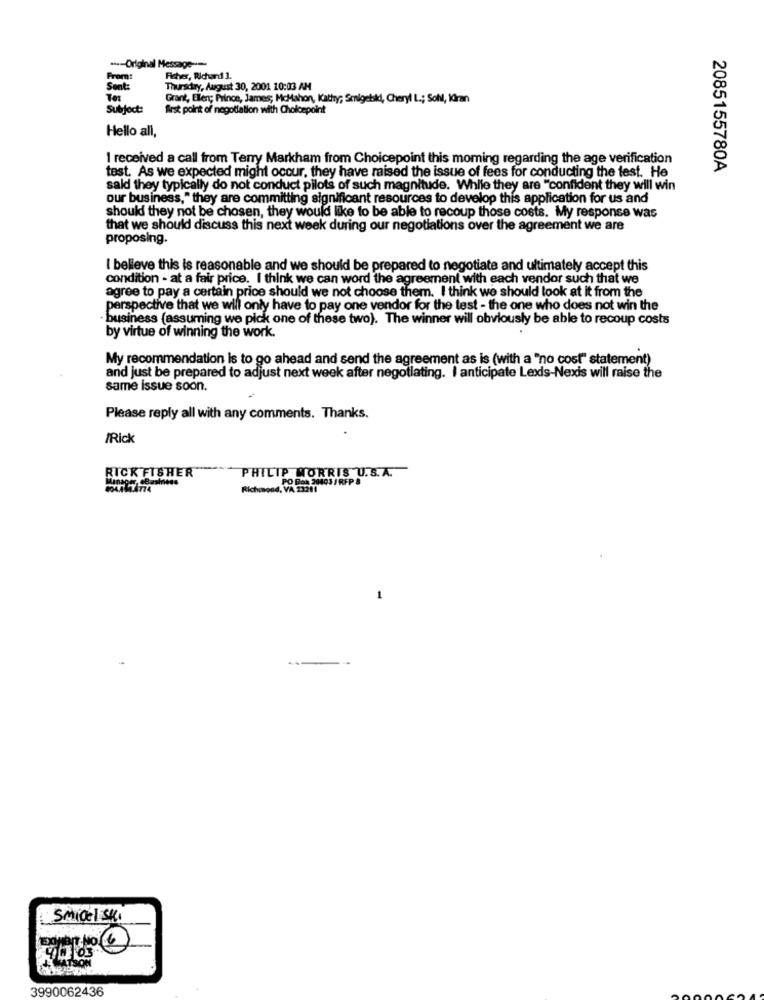
Original Message --
From:
Ficher, Richard 3.
Sent:
Thursday, August 30, 2001 10:03 AM
Grant, Eler; Prince, James; McMahon, Kathy; Smigebki, Cheryl L .; Soll, KGran
Subject:
first point of negotiation with Choicepoint
Hello all,
I received a call from Teny Markham from Choicepoint this moming regarding the age verification
test. As we expected might occur, they have raised the issue of fees for conducting the test. He
2085155780A
said they typically do not conduct pilots of such magnitude. While they are "confident they will win
our business," they are committing significant resources to develop this application for us and
should they not be chosen, they would like to be able to recoup those costs. My response was
that we should discuss this next week during our negotiations over the agreement we are
proposing.
I believe this is reasonable and we should be prepared to negotiate and ultimately accept this
condition - at a fair price. I think we can word the agreement with each vendor such that we
agree to pay a certain price should we not choose them. I think we should look at it from the
perspective that we will only have to pay one vendor for the test - the one who does not win the
business (assuming we pick one of these two). The winner will obviously be able to recoup costs
by virtue of winning the work.
My recommendation is to go ahead and send the agreement as is (with a "no cost" statement)
and just be prepared to adjust next week after negotiating. I anticipate Lexis-Nexis will raise the
same issue soon.
Please reply all with any comments. Thanks.
IRick
RICK FISHER
PHILIP MORRIS U.S.A.
Richmond, VD 233 2403 / RFPS
Smigel sk.
3990062436